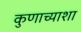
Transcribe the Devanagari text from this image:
कुणाच्याशा